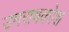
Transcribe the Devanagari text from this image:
उमरावकोश